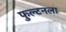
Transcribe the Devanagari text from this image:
फुल्टनला